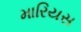
મારિયસ